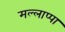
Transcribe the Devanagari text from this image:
मल्लाप्पा